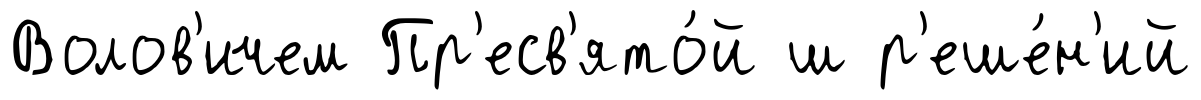
Волов'ичем Пр'есв'ято́й ш р'еше́н'ий